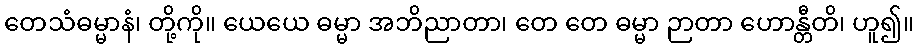
တေသံဓမ္မာနံ၊ တို့ကို။ ယေယေ ဓမ္မာ အဘိညာတာ၊ တေ တေ ဓမ္မာ ဉာတာ ဟောန္တီတိ၊ ဟူ၍။